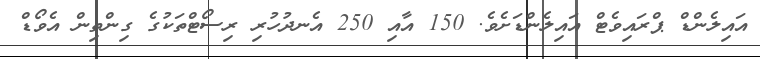
އައިލެންޑް ޕްރައިވެޓް އައިލެންޑަށެވެ. 150 އާއި 250 އެނދުހުރި ރިސޯޓްތަކުގެ ގިންތިން އެވޯޑް